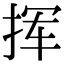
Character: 挥